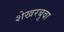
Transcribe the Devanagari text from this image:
शेखरबुवा